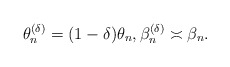
\begin{align*} \theta_n^{(\delta)}=(1-\delta)\theta_n,\beta_n^{(\delta)}\asymp\beta_n.\end{align*}